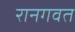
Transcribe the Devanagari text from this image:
रानगवत